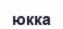
юкка